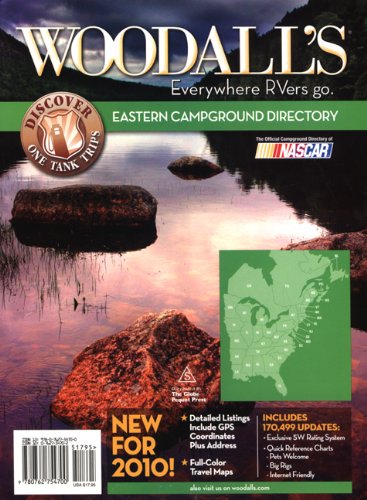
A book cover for Woodall's Eastern America Campground Directory, 2010 (Woodall's Campground Directory: Eastern Ed.); Woodall's Publications Corp.; Travel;